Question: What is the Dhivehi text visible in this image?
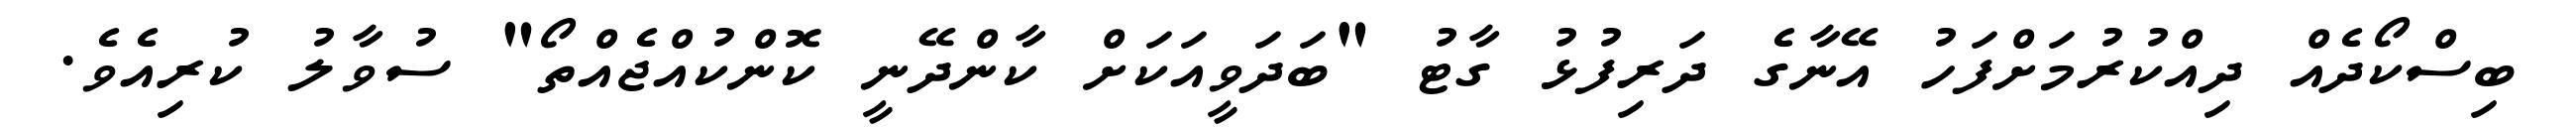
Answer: ބިސްކޯދެއް ދިއްކުރުމަށްފަހު އޭނާގެ ދަރިފުޅު ގާޓު "ބަދަވީއަކަށް ކާންދޭނީ ކޮންކުއްޖެއްތޯ" ސުވާލު ކުރިއެވެ.